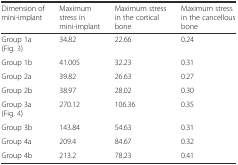
<table><thead><tr><td><b>Dimension of mini-implant</b></td><td><b>Maximum stress in mini-implant</b></td><td><b>Maximum stress in the cortical bone</b></td><td><b>Maximum stress in the cancellous bone</b></td></tr></thead><tbody><tr><td>Group 1a (Fig. 3)</td><td>34.82</td><td>22.66</td><td>0.24</td></tr><tr><td>Group 1b</td><td>41.005</td><td>32.23</td><td>0.31</td></tr><tr><td>Group 2a</td><td>39.82</td><td>26.63</td><td>0.27</td></tr><tr><td>Group 2b</td><td>38.97</td><td>28.02</td><td>0.30</td></tr><tr><td>Group 3a (Fig. 4)</td><td>270.12</td><td>106.36</td><td>0.35</td></tr><tr><td>Group 3b</td><td>143.84</td><td>54.63</td><td>0.31</td></tr><tr><td>Group 4a</td><td>209.4</td><td>84.67</td><td>0.32</td></tr><tr><td>Group 4b</td><td>213.2</td><td>78.23</td><td>0.41</td></tr></tbody></table>